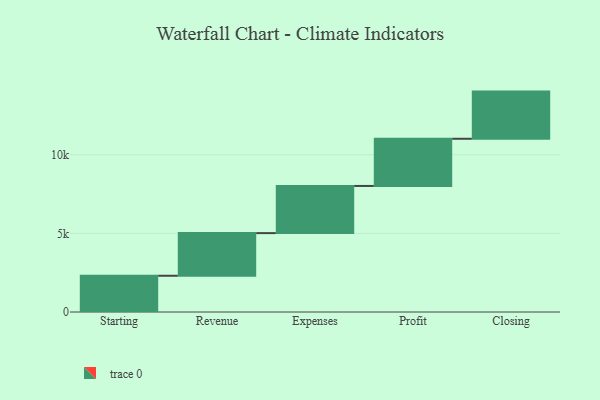
{"axis": {"x": "Step", "y": "Value"}, "legend": [""], "data": [{"x": "Starting", "y": 2305.0, "type": ""}, {"x": "Revenue", "y": 2711.0, "type": ""}, {"x": "Expenses", "y": 3000, "type": ""}, {"x": "Profit", "y": 3000, "type": ""}, {"x": "Closing", "y": 3000, "type": ""}]}